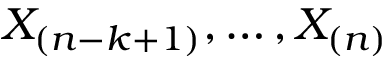
X _ { ( n - k + 1 ) } , \dots , X _ { ( n ) }